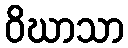
ဝိဃာသာ